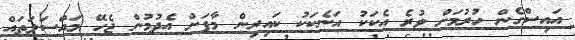
އައިސްގެން ހުރުމަށް ވުރެ އެކަކު އަނެކަކު ކައިރިން މާފަށް އެދުމުން ޖެހޭ މައްސަލަތައް